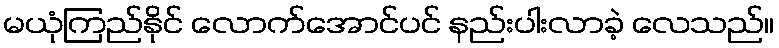
မယုံကြည်နိုင် လောက်အောင်ပင် နည်းပါးလာခဲ့ လေသည်။